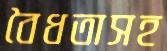
বৈধতাসহ